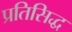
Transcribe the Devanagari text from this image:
प्रतिसिद्ध